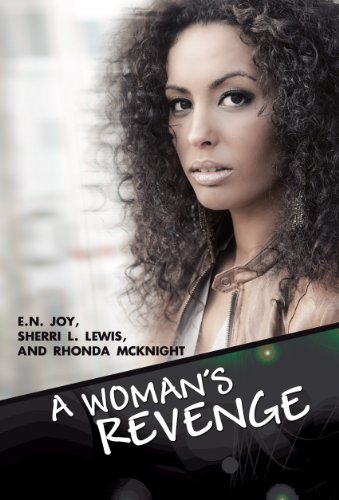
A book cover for A Woman's Revenge (Urban Books); E.N. Joy; Christian Books & Bibles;